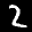
Label: 2